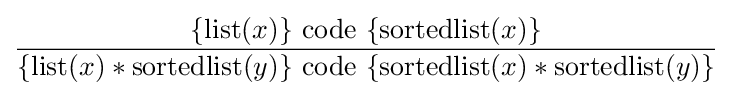
{\frac {\{\operatorname {list} (x)\}\ \mathrm {code} \ \{\operatorname {sortedlist} (x)\}}{\{\operatorname {list} (x)\ast \operatorname {sortedlist} (y)\}\ \mathrm {code} \ \{\operatorname {sortedlist} (x)\ast \operatorname {sortedlist} (y)\}}}